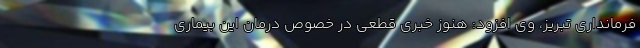
فرمانداری تبریز، وی افزود: هنوز خبری قطعی در خصوص درمان این بیماری